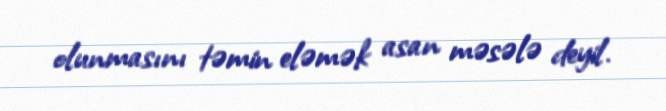
olunmasını təmin eləmək asan məsələ deyil.